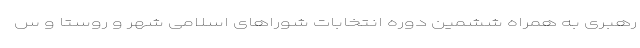
رهبری به همراه ششمین دوره انتخابات شوراهای اسلامی شهر و روستا و س